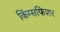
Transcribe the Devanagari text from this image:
किंग्सफिशर